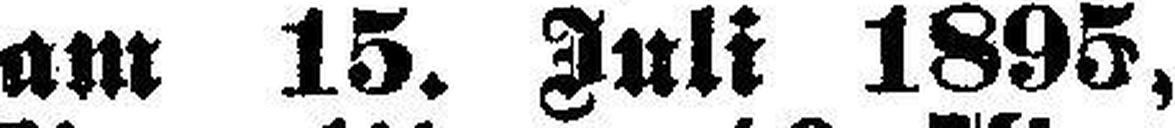
am 15. Juli 1895,